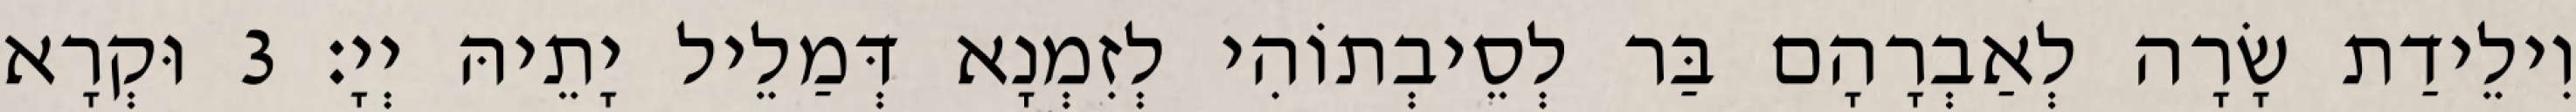
וִילֵידַת שָׂרָה לְאַבְרָהָם בַּר לְסֵיבְתוֹהִי לְזִמְנָא דְּמַלֵיל יָתֵיהּ יְיָ׃ 3 וּקְרָא